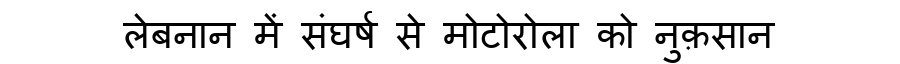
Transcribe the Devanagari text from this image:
लेबनान में संघर्ष से मोटोरोला को नुक़सान